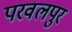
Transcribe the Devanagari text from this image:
परवलपुर